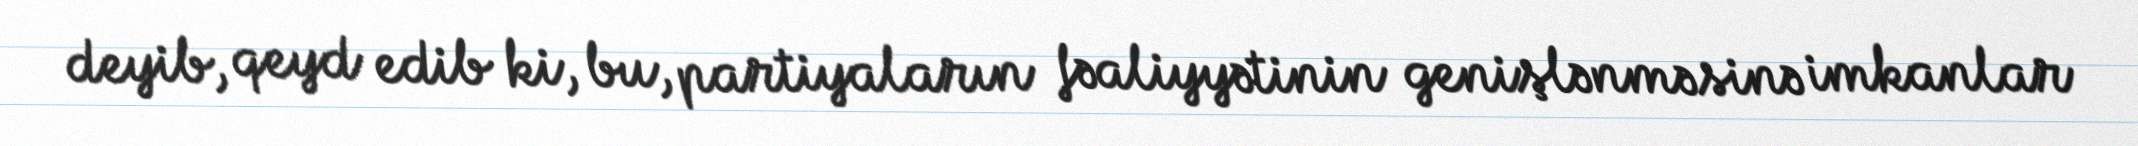
deyib, qeyd edib ki, bu, partiyaların fəaliyyətinin genişlənməsinə imkanlar